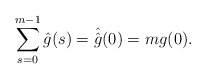
\begin{align*}\sum\limits_{s=0}^{m-1}\hat{g}(s)=\hat{\hat{g}}(0)=mg(0).\end{align*}